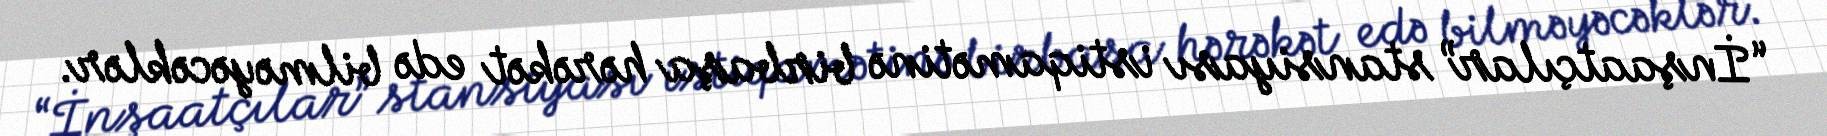
“İnşaatçılar” stansiyası istiqamətinə birbaşa hərəkət edə bilməyəcəklər.